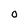
Character: O